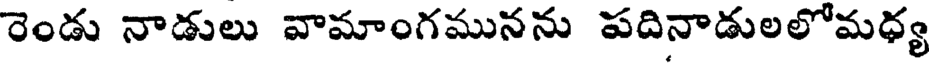
రెండు నాడులు వామాంగమునను పదినాడులలోమధ్య